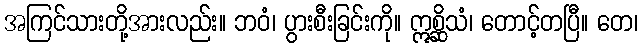
အကြင်သားတို့အားလည်း။ ဘဝံ၊ ပွားစီးခြင်းကို။ ဣစ္ဆိသံ၊ တောင့်တပြီ။ တေ၊